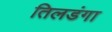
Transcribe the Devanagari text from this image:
तिलडंगा